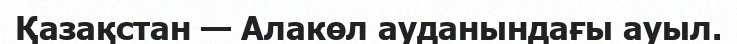
Қазақстан — Алакөл ауданындағы ауыл.